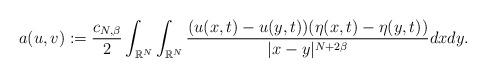
LaTeX: \begin{align*}a(u,v) := \frac{c_{N,\beta}}{2}\int_{\mathbb{R}^{N}}\int_{\mathbb{R}^{N}}\frac{(u(x,t)-u(y,t))(\eta(x,t)-\eta(y,t))}{|x-y|^{N+2\beta}}dxdy.\end{align*}